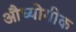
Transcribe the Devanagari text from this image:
औध्योगीक